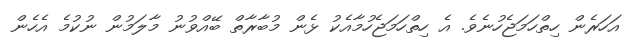
އަހަރެން ހިތްހަމަޖެހުނެވެ. އެ ހިތްހަމަޖެހުމާއެކު ޅެން މުބާރާތް ބޭއްވުނު މާލަމުން ނުކުމެ އެހެން